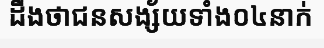
ដឹងថាជនសង្ស័យទាំង០៤នាក់